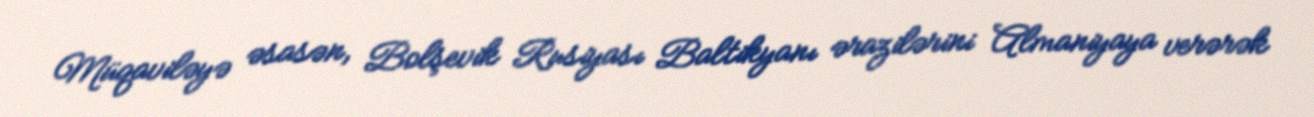
Müqaviləyə əsasən, Bolşevik Rusiyası Baltikyanı ərazilərini Almaniyaya verərək